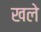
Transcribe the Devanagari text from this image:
खले